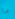
ما